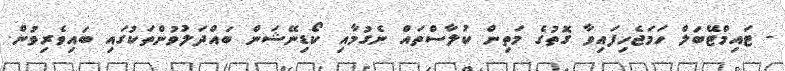
- ޓައިމްޓޭބަލް ހަމަޖެހިފައިވާ ގޮތުގެ މަތިން ކުލާސްތައް ނެގުމާއި ކޯޑިނޭޝަން ބައްދަލުވުންތަކުގައި ބައިވެރިވުން.